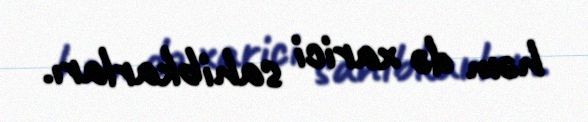
həm də xarici sahibkarları.